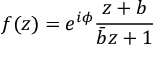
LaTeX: f ( z ) = e ^ { i \phi } { \frac { z + b } { { \bar { b } } z + 1 } }